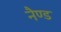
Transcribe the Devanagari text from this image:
नैण्ड